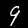
Digit: 9